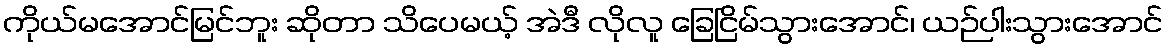
ကိုယ်မအောင်မြင်ဘူး ဆိုတာ သိပေမယ့် အဲဒီ လိုလူ ခြေငြိမ်သွားအောင်၊ ယဉ်ပါးသွားအောင်